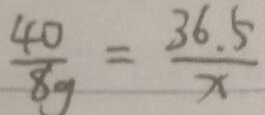
\frac { 4 0 } { 8 g } = \frac { 3 6 . 5 } { x }